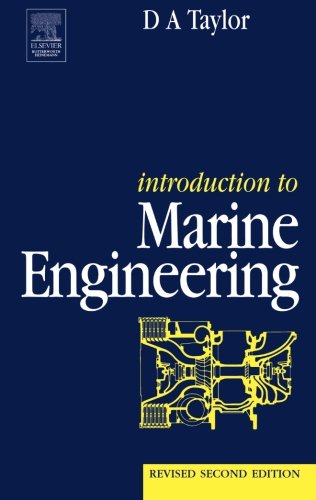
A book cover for Introduction to Marine Engineering, Revised 2nd Edition; D. A. Taylor; Engineering & Transportation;